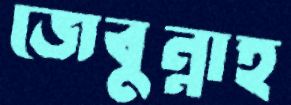
জেবুন্নাহ